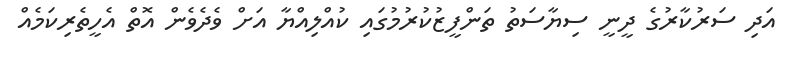
އަދި ސަރުކާރުގެ ދީނީ ސިޔާސަތު ތަންފީޒުކުރުމުގައި ކުއްލިއްޔާ އަށް ވެދެވެން އޮތް އެހީތެރިކަމެއް